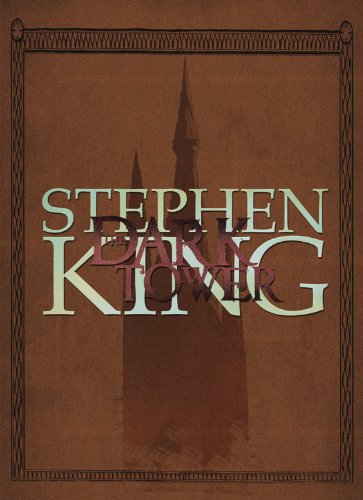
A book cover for Dark Tower Omnibus; Stephen King; Comics & Graphic Novels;